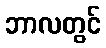
ဘာလတွင်